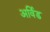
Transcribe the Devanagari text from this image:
अर्विड